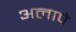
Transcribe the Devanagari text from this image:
अलापे